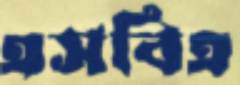
এসবিএ